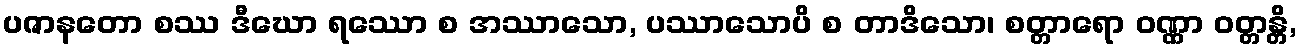
ပဇာနတော စဿ ဒီဃော ရဿော စ အဿာသော, ပဿာသောပိ စ တာဒိသော၊ စတ္တာရော ဝဏ္ဏာ ဝတ္တန္တိ,